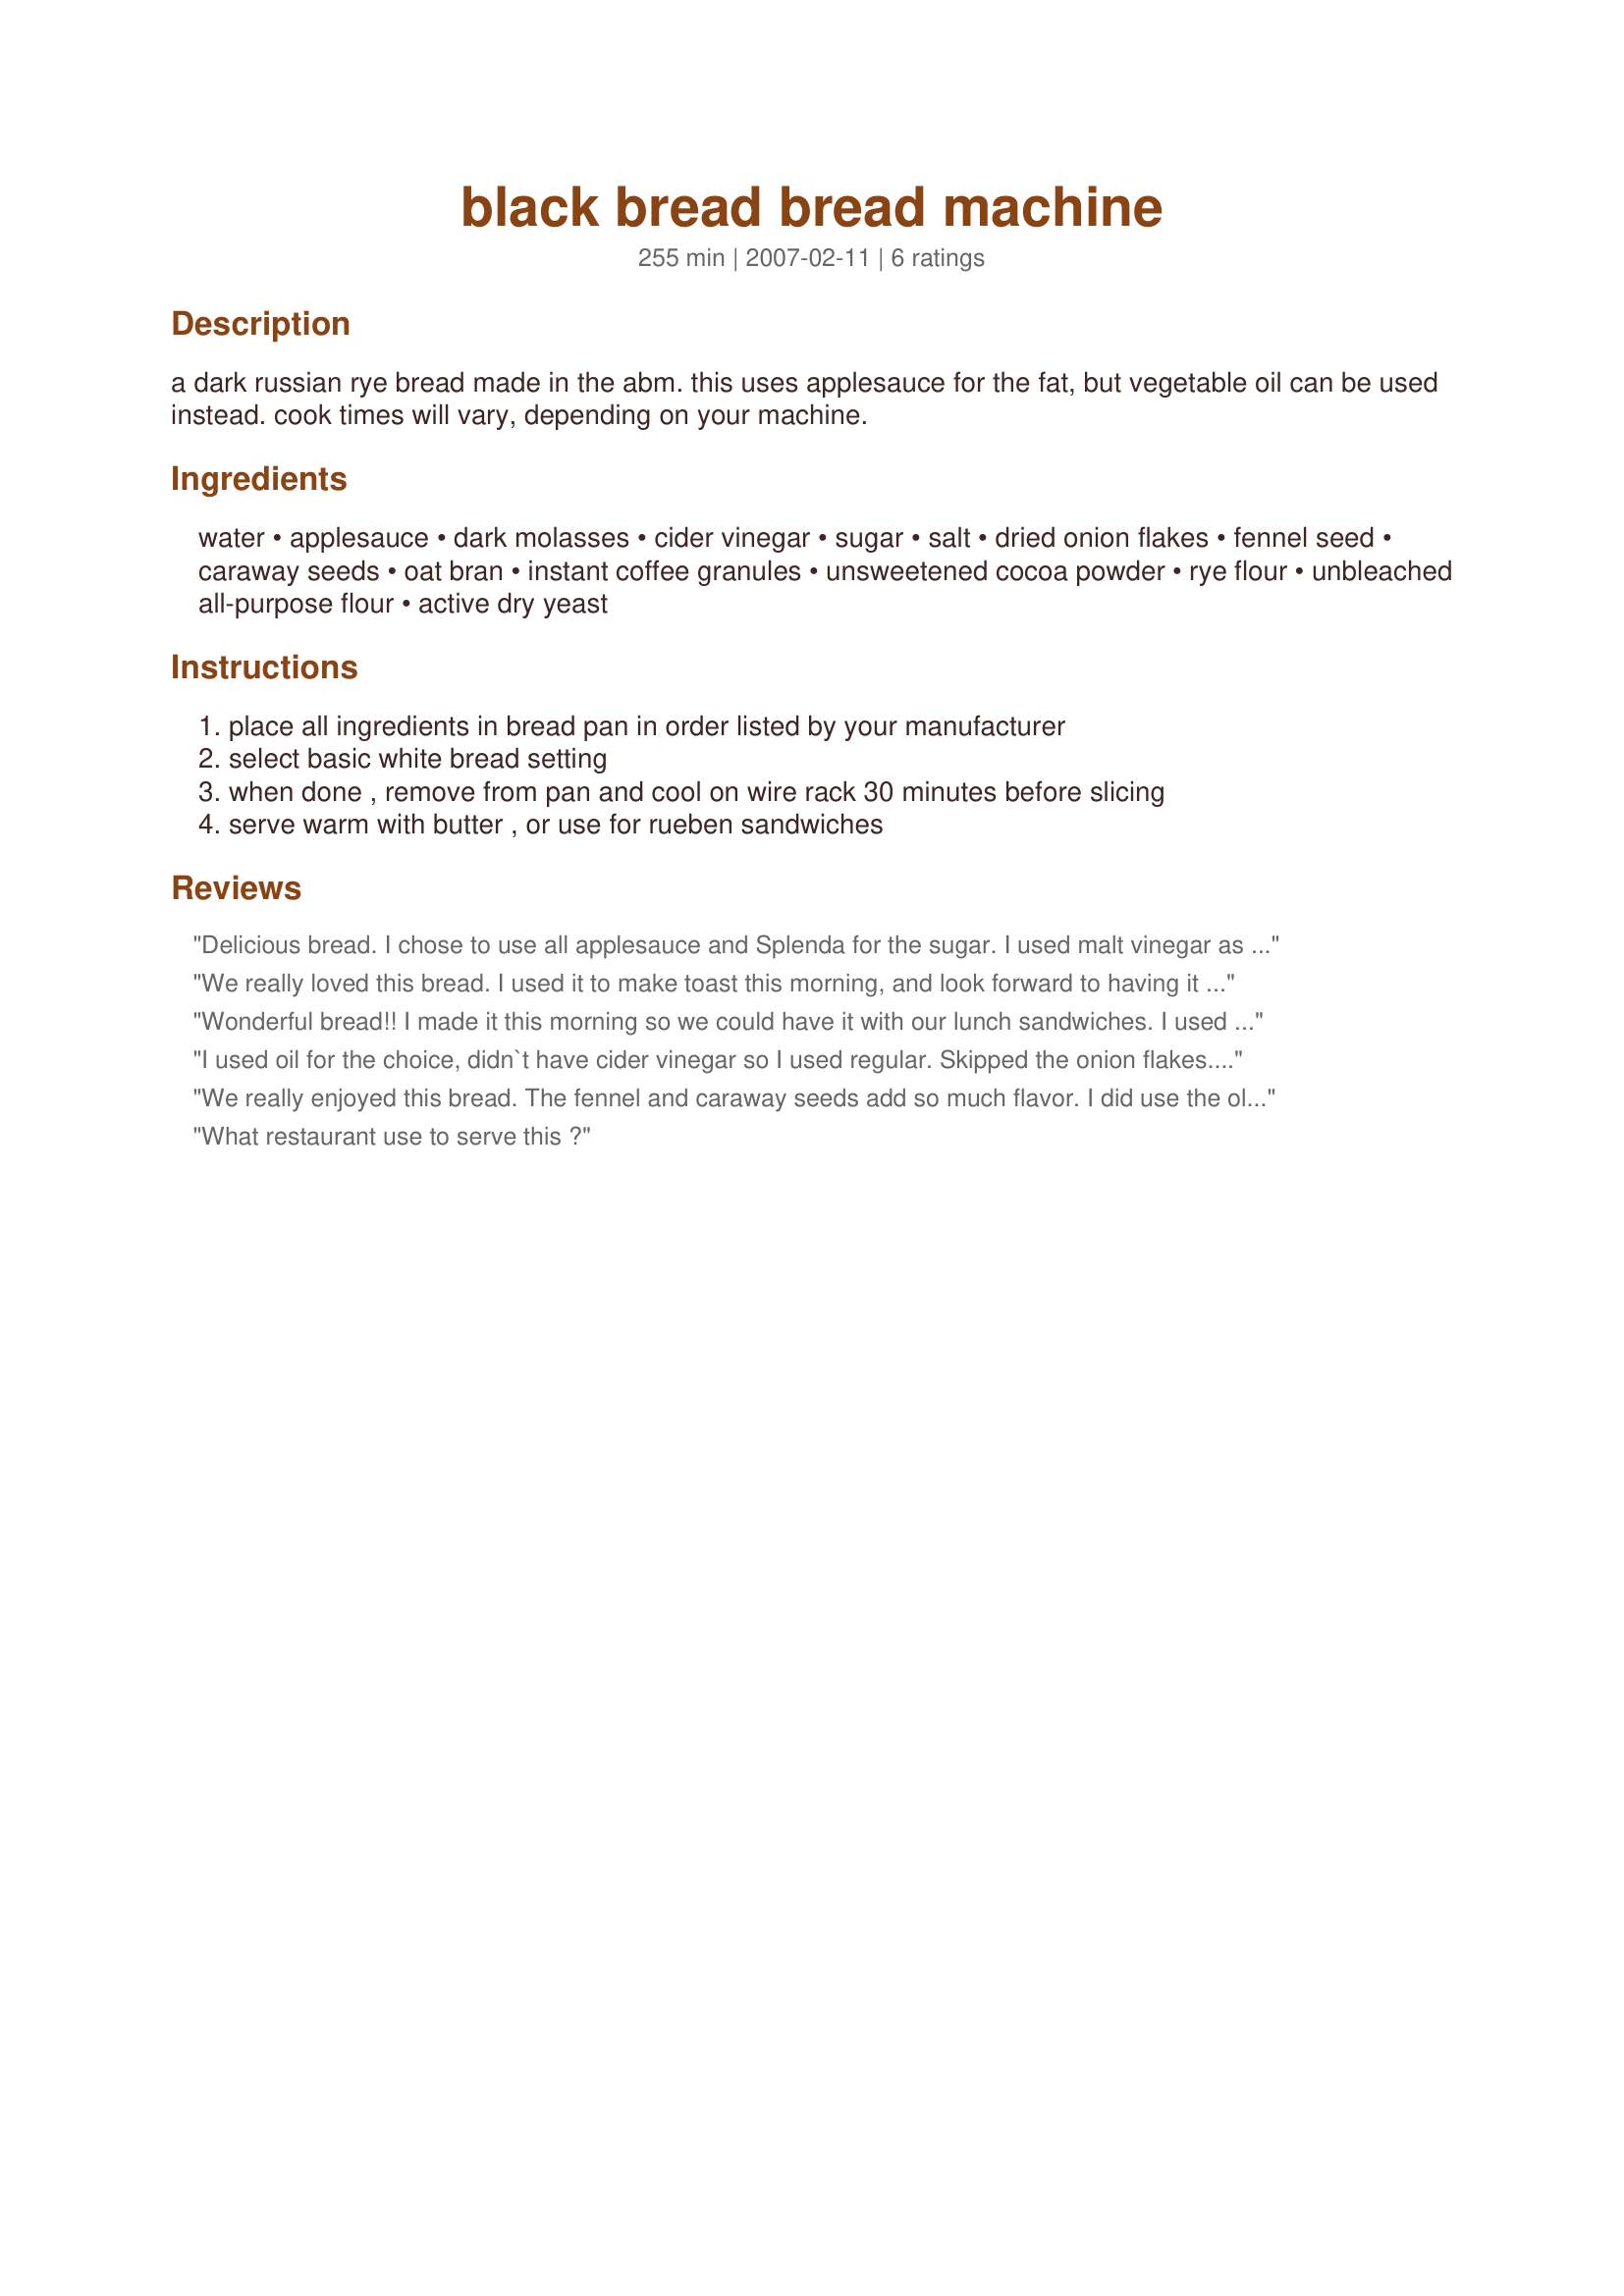
black bread bread machine
Preparation time: 255 minutes

a dark russian rye bread made in the abm. this uses applesauce for the fat, but vegetable oil can be used instead. cook times will vary, depending on your machine.

Ingredients:
water, applesauce, dark molasses, cider vinegar, sugar, salt, dried onion flakes, fennel seed, caraway seeds, oat bran, instant coffee granules, unsweetened cocoa powder, rye flour, unbleached all-purpose flour, active dry yeast

Steps:
place all ingredients in bread pan in order listed by your manufacturer, select basic white bread setting, when done , remove from pan and cool on wire rack 30 minutes before slicing, serve warm with butter , or use for rueben sandwiches

Reviews:
Delicious bread. I chose to use all applesauce and Splenda for the sugar. I used malt vinegar as it was a choice between that or white vinegar. I love the seeds in this and the addition of oat bran is excellent. I'm always trying to work it into things as it's so healthful. It would have been a bit darker but I discovered that all of the instant coffee I keep for cooking had vanished leaving only an empty jar, I think it had help from DS.
We really loved this bread. I used it to make toast this morning, and look forward to having it at lunch in a sandwich using leftover Christmas ham. I made it as written except I used vegetable oil instead of the applesauce, and bread flour instead of the all-purpose flour. This makes a slightly dense loaf with a nice texture that slices easily. Thank you for sharing this wonderful recipe.<br/>**Made for 2011 Football Pool**
Wonderful bread!! I made it this morning so we could have it with our lunch sandwiches. I used canola oil as I didn't have applesauce. I also used wheat bran in place of the oat bran and 1 c. whole wheat flour in place of 1 c. all purpose. I don't have a breadmaker, so I just used my KitchenAid mixer. :) Delish!! Thanks for the recipe!
I used oil for the choice, didn`t have cider vinegar so I used regular. Skipped the onion flakes. for 1/2 cup of the water I used brewed coffee in place of the instant coffee. Which may be why my bread didn`t rise much. It was so very yummy in flavor. The crust was nice a crisp. 
Making for Comfort cafe http://www.recipezaar.com/bb/viewtopic.zsp?t=288536&postdays=0&postorder=asc&start=915 Thanks!
We really enjoyed this bread. The fennel and caraway seeds add so much flavor. I did use the olive oil in place of the apple sauce. The texture is wonderful and even slightly warm the bread sliced nicely. This was served with Recipe #292350. It also makes wonderful toast.
What restaurant use to serve this ?
